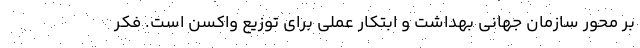
بر محور سازمان جهانی بهداشت و ابتکار عملی برای توزیع واکسن است. فکر